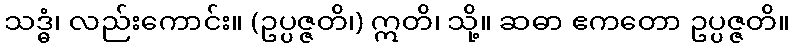
သဒ္ဓံ၊ လည်းကောင်း။ (ဥပ္ပဇ္ဇတိ၊) ဣတိ၊ သို့။ ဆဓာ ဧကတော ဥပ္ပဇ္ဇတိ။